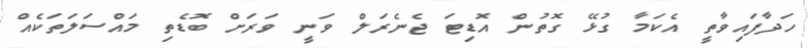
ހަދާފައިވާތީ އެކަމާ ގުޅޭ ގޮތުން އޮޑިޓަ ޖެނެރަލް ވަނީ ވަރަށް ބޮޑެތި މައްސަލަތަކެއް